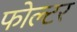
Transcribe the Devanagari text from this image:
फोल्टर